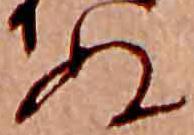
ぬ